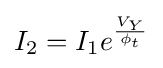
I_{2}=I_{1}e^{\frac {V_{Y}}{\phi _{t}}}